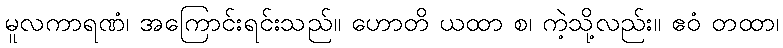
မူလကာရဏံ၊ အကြောင်းရင်းသည်။ ဟောတိ ယထာ စ၊ ကဲ့သို့လည်း။ ဧဝံ တထာ၊